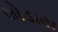
લોડાય